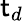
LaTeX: \mathsf{t}_{d}